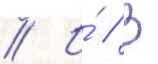
// И́ // В